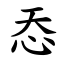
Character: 㤁